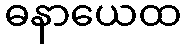
ဓနာယေထ